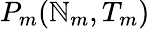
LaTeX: P_{m}(\mathbb{N}_{m},T_{m})